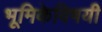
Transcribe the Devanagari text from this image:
भूमिकेविषयी